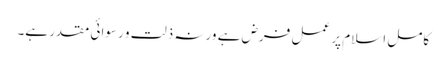
کامل اسلام پر عمل فرض ہے ورنہ ذلت و رسوائی مقدر ہے۔